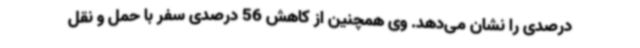
درصدی را نشان می‌دهد. وی همچنین از کاهش 56 درصدی سفر با حمل و نقل